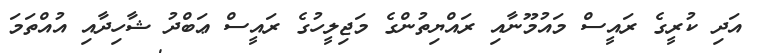
އަދި ކުރީގެ ރައީސް މައުމޫނާއި ރައްޔިތުންގެ މަޖިލީހުގެ ރައީސް ޢަބްދު ޝާހިދާއި އުއްތަމަ